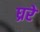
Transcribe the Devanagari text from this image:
घ्ररे